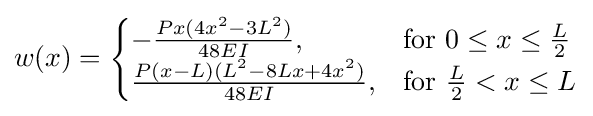
w(x)={\begin{cases}-{\frac {Px(4x^{2}-3L^{2})}{48EI}},&{\mbox{for }}0\leq x\leq {\tfrac {L}{2}}\\{\frac {P(x-L)(L^{2}-8Lx+4x^{2})}{48EI}},&{\mbox{for }}{\tfrac {L}{2}}<x\leq L\end{cases}}